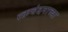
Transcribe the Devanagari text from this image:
रक्तचंदनाच्या